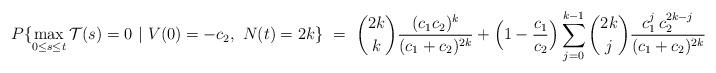
LaTeX: \begin{align*}P\{\max_{0\le s\le t}\mathcal{T}(s)=0\ |\ V(0) = -c_2,\ N(t) = 2k\} \ =\ \binom{2k}{k}\frac{(c_1c_2)^k}{(c_1+c_2)^{2k}}+ \Bigl(1-\frac{c_1}{c_2}\Bigr)\sum_{j=0}^{k-1} \binom{2k}{j} \frac{c_1^{j}\,c_2^{2k-j}}{(c_1+c_2)^{2k}}\end{align*}